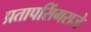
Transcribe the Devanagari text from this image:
प्रतापसिंगराजे